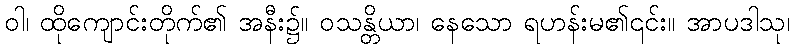
ဝါ၊ ထိုကျောင်းတိုက်၏ အနီး၌။ ဝသန္တိယာ၊ နေသော ရဟန်းမ၏၎င်း။ အာပဒါသု၊